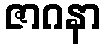
ဇာဂနာ